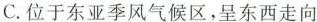
C.位于东亚季风气候区，呈东西走向